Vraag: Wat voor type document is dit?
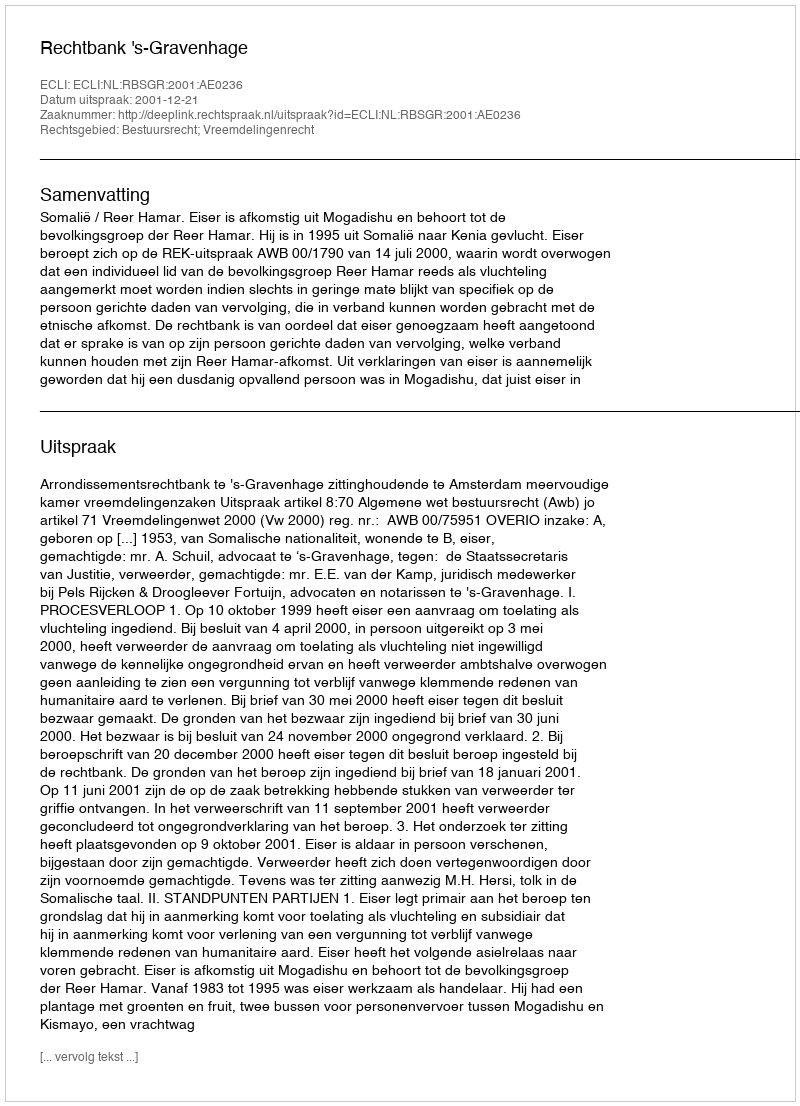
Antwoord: Uitspraak